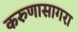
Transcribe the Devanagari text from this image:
करुणासागरा